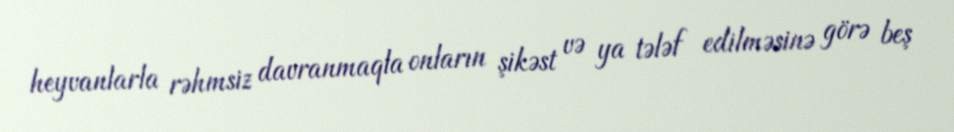
heyvanlarla rəhmsiz davranmaqla onların şikəst və ya tələf edilməsinə görə beş